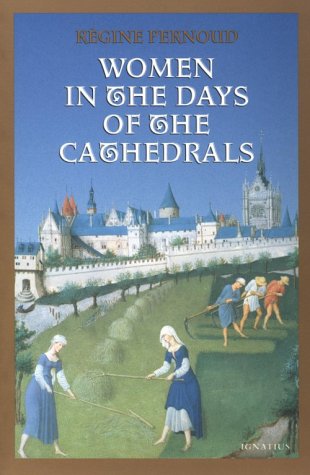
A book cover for Women in the Days of the Cathedrals; RÃ©gine Pernoud; Politics & Social Sciences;